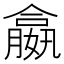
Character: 𡢣